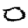
Digit: 0